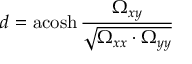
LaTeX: d = \operatorname { a c o s h } { \frac { \Omega _ { x y } } { \sqrt { \Omega _ { x x } \cdot \Omega _ { y y } } } }